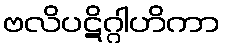
ဗလိပဋိဂ္ဂါဟိကာ